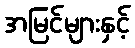
အမြင်များနှင့်